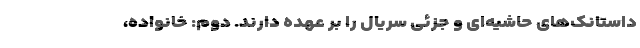
داستانک‌های حاشیه‌ای و جزئی سریال را بر عهده دارند. دوم: خانواده،